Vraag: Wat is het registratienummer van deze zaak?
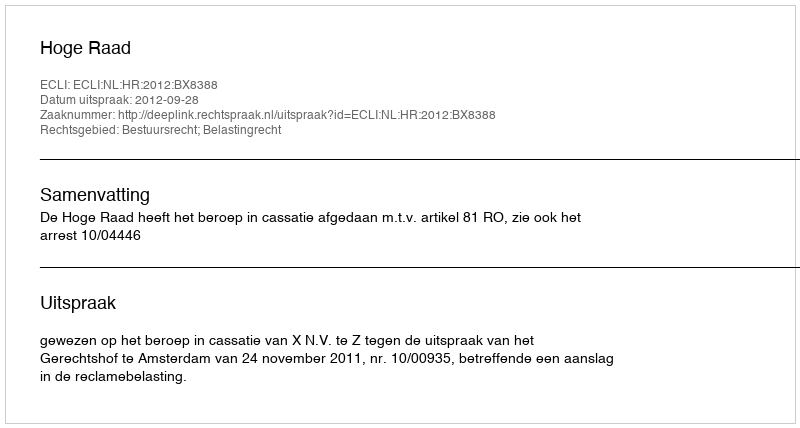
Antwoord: http://deeplink.rechtspraak.nl/uitspraak?id=ECLI:NL:HR:2012:BX8388